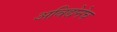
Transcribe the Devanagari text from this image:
अविद्येनेच